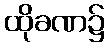
ထိုခဏ၌